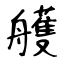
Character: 艧